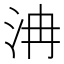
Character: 𣲹